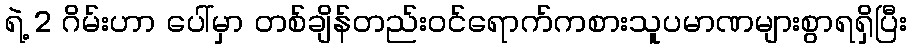
ရဲ့ 2 ဂိမ်းဟာ ပေါ်မှာ တစ်ချိန်တည်းဝင်ရောက်ကစားသူပမာဏများစွာရရှိပြီး